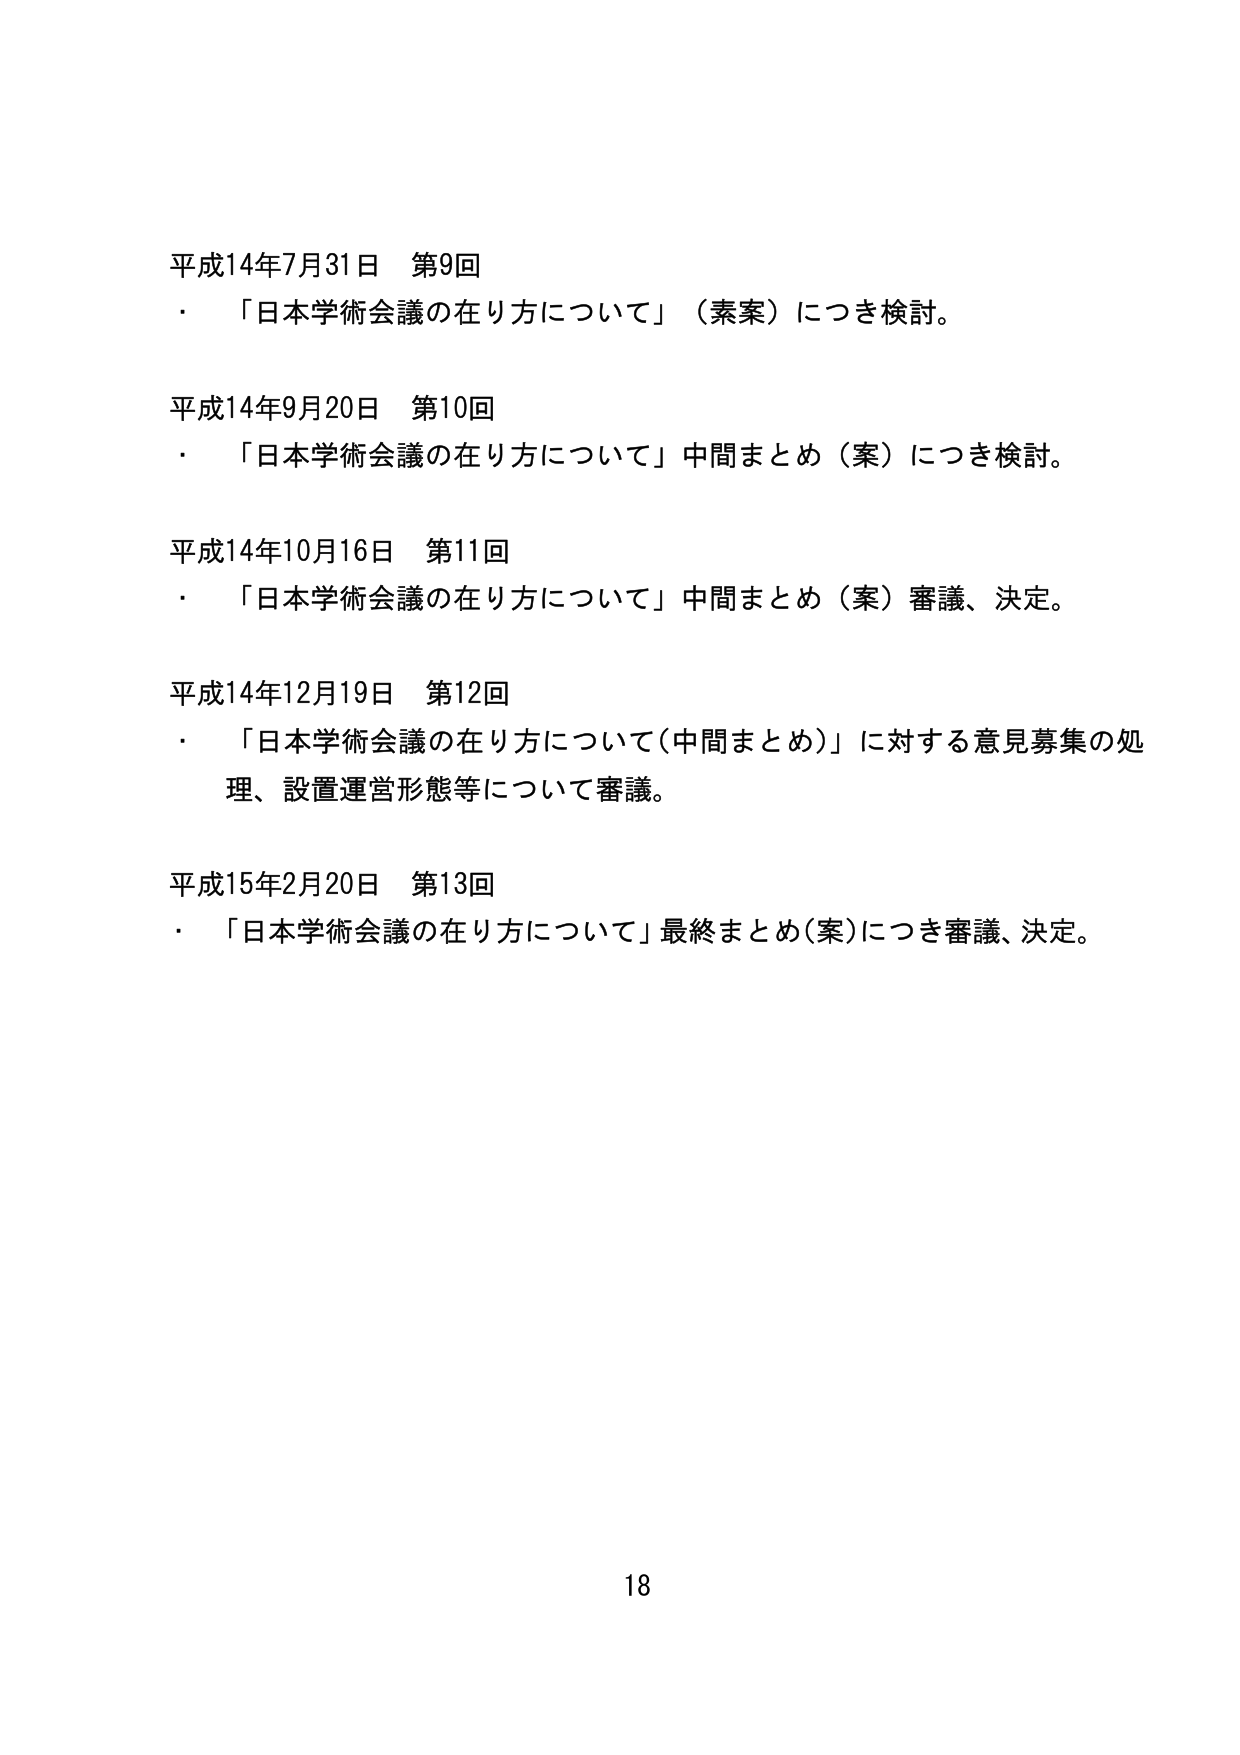
平成14年7月31日 第9回
・「日本学術会議の在り方について」（素案）につき検討。

平成14年9月20日 第10回
・「日本学術会議の在り方について」中間まとめ（案）につき検討。

平成14年10月16日 第11回
・「日本学術会議の在り方について」中間まとめ（案）審議、決定。

平成14年12月19日 第12回
・「日本学術会議の在り方について（中間まとめ）」に対する意見募集の処理、設置運営形態等について審議。

平成15年2月20日 第13回
・「日本学術会議の在り方について」最終まとめ（案）につき審議、決定。

18